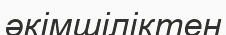
әкімшіліктен